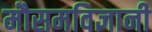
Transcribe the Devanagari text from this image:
मौसमविज्ञानी